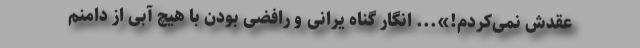
عقدش نمی‌کردم!»... انگار گناه یرانی و رافضی بودن با هیچ آبی از دامنم